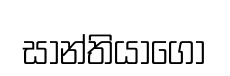
සාන්තියාගෝ